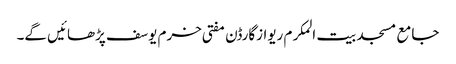
جامع مسجد بیت المکرم ریوازگارڈن مفتی خرم یوسف پڑھائیں گے۔